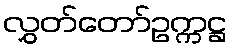
လွှတ်တော်ဥက္ကဋ္ဌ